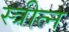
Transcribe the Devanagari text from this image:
स्त्रीत्न